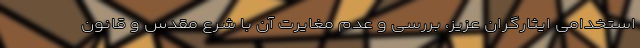
استخدامی ایثارگران عزیز، بررسی و عدم مغایرت آن با شرع مقدس و قانون